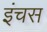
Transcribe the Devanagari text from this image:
इंचस